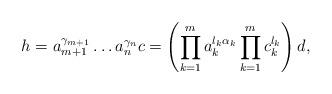
LaTeX: \begin{align*}h=a_{m+1}^{\gamma_{m+1}} \dots a_n^{\gamma_n} c= \left(\prod_{k=1}^{m} a_k^{\l_k \alpha_k} \prod_{k=1}^{m} c_{k}^{\l_k} \right) d,\end{align*}